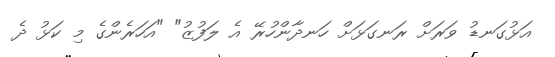
އަޅުގަނޑު ވަރަށް ރަނގަޅަށް ހަނދާންހުރޭ އެ ލަފުޒު" "އަހަރެންގެ މި ކަޅު ދެ